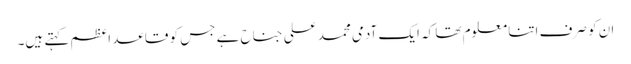
ان کو صرف اتنا معلوم تھا کہ ایک آدمی محمد علی جناح ہے جس کو قاعدِ اعظم کہتے ہیں۔